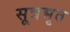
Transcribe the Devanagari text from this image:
सूत्रभृत